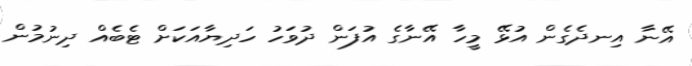
އޭނާ އިނދެގެން އުޅޭ މީހާ އޭނާގެ އުފަން ދުވަހު ހަދިޔާއަކަށް ޓެބެއް ދިނުމުން